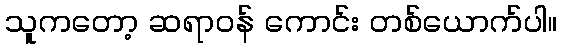
သူကတော့ ဆရာဝန် ကောင်း တစ်ယောက်ပါ။